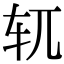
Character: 𫐄